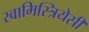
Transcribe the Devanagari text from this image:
स्वामिस्त्रियेसी